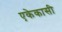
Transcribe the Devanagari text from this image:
एकेकासी